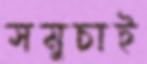
সমুচাই